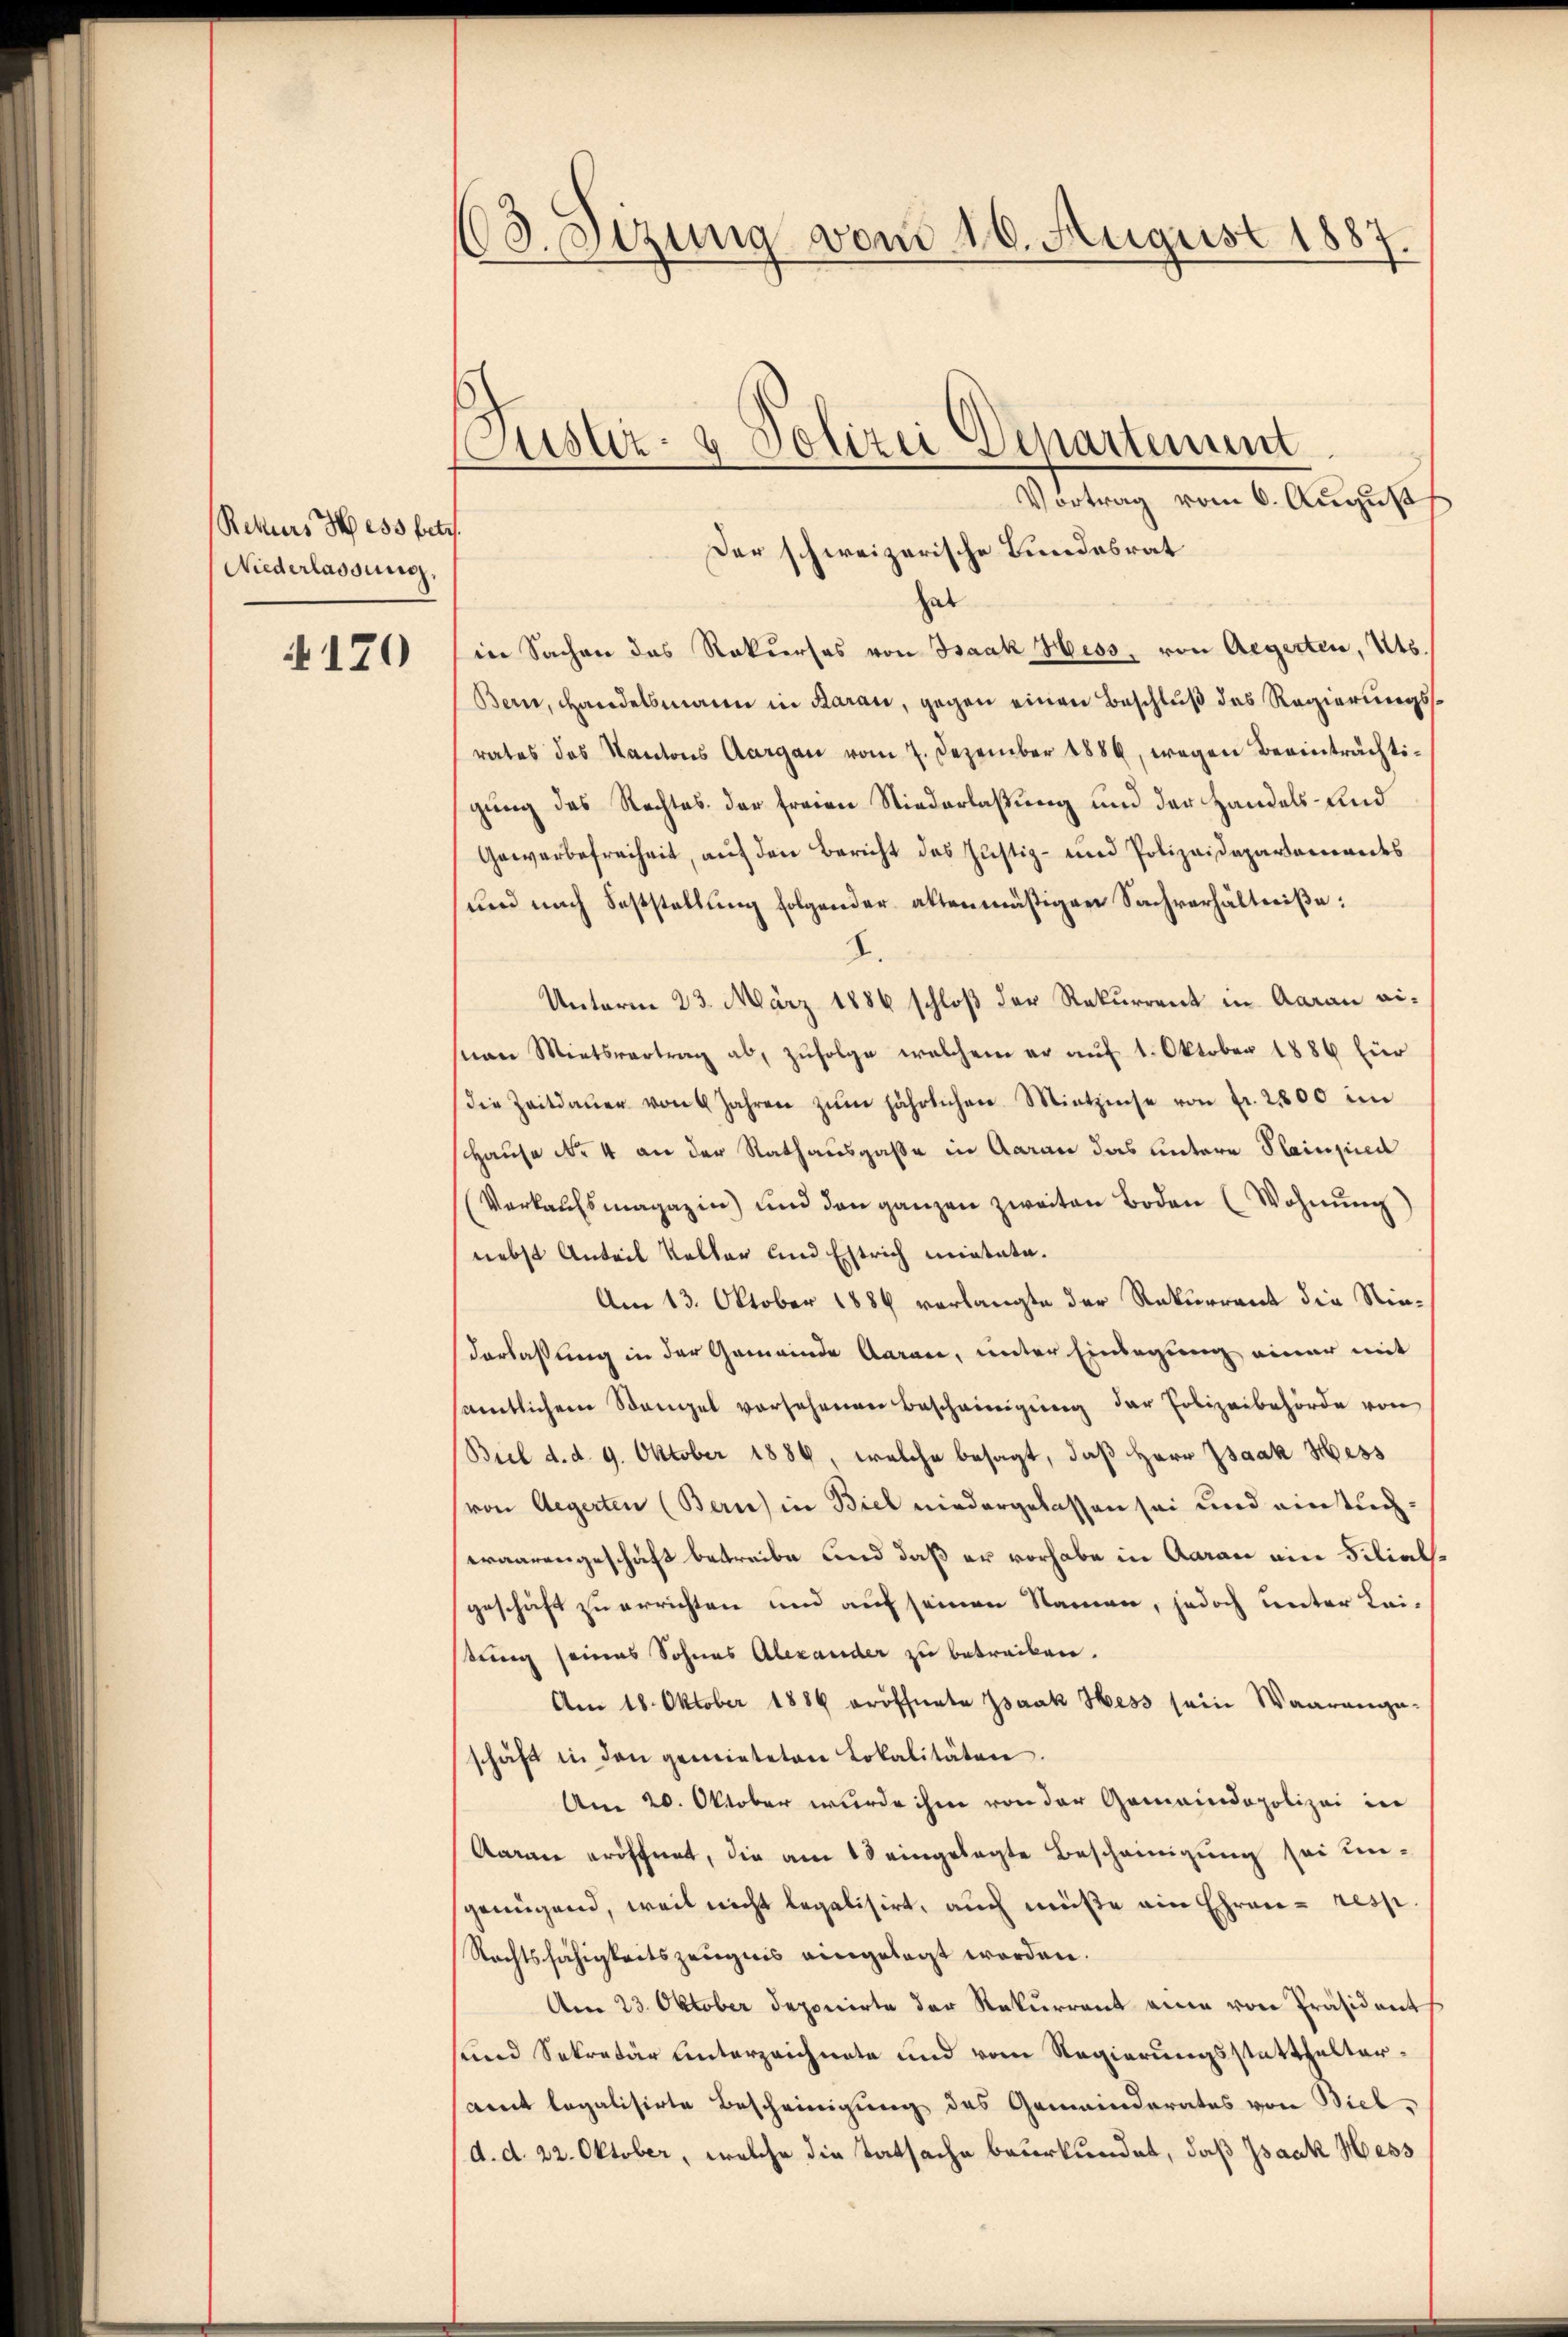
Rekurs Hess betr.
Niederlassung,

170

103. Sizung vom 10. August 1887.
ustiz- & Polizei separtenunt

Vortrag vom 6. August
Der schweizerische Bundesrat
hat
in Sachen das Rekurses von Isaak Hess, von Aegerten, Kts.
Bern, Handelsmann in Baran, gegen einen Beschluß des Regierungsrates des Kantons Aargau vom 7. Dezember 1886, wegen Beeinträchtigung des Rechtes der freien Niederlassung und der Handels- und
Gewerbefreiheit, auf den Bericht das Justiz- und Polizeidepartenandes
und nach Feststellung folgender altenmäßigen Sachverhältniße:
d.
Unterm 23. März 1886 schloß der Rekurrent in Aarau eian Mietsvertrag ab, zufolge welchem er auf 1. Oktober 1886 für
die Zeitdaŭer von 6 Jahren zŭm jährlichen Mitzinse von fr. 2800 im
Hause No 4 an der Rathausgasse in Aarau das untere Plainsied
(Verkaŭfsmagazin) und den ganzen zweiten Boden (Wohnung)
nebst Anteil Keller und Estrich mietate.
Am 13. Oktober 1884 verlangte der Rekurrent die Niederlaßung in der Gemeinde Aarare, unter Einlegung einer mit
sämtlichem Stangel versehenen Bescheinigung der Polizeibehörde von
Biel d. d. 9. Oktober 1889, welche besagt, daß Herr Isaak Hess
von Aegerten (Bern) in Biel niedergelassen sei und eintucheraarengeschäft betreibe und daß er vorhabe in Aarau ein Filialgeschäft zu errichten und auf seinen Namen, jedoch unter Lei-
tung seines Sohnes Alexander zu betracken.
Am 18. Oktober 1886 eröffnete Isaak Hess sein Waarenge-
schäft in den gemieteten Lokalitäten.
Am 20. Oktober wurde ihm von der Gemeindepolizei in
Aaran eröffnet, die am 18 eingelegte Bescheinigung sei ungenügend, weil nicht legalisirt, auch müße ein Ehren - resp.
Rechtsfähigkeitszeugnis eingelegt worden.
Am 23. Oktober deponirte der Rekurrent eine von Präsident
sund Sekretär unterzeichnete und vom Regierungsstatthalterrent legalisirte Bescheinigung des Gemeinderates von Biel,
d. d. 22. Oktober, welche die Tatsache beurkundet, daß Isaak Hess